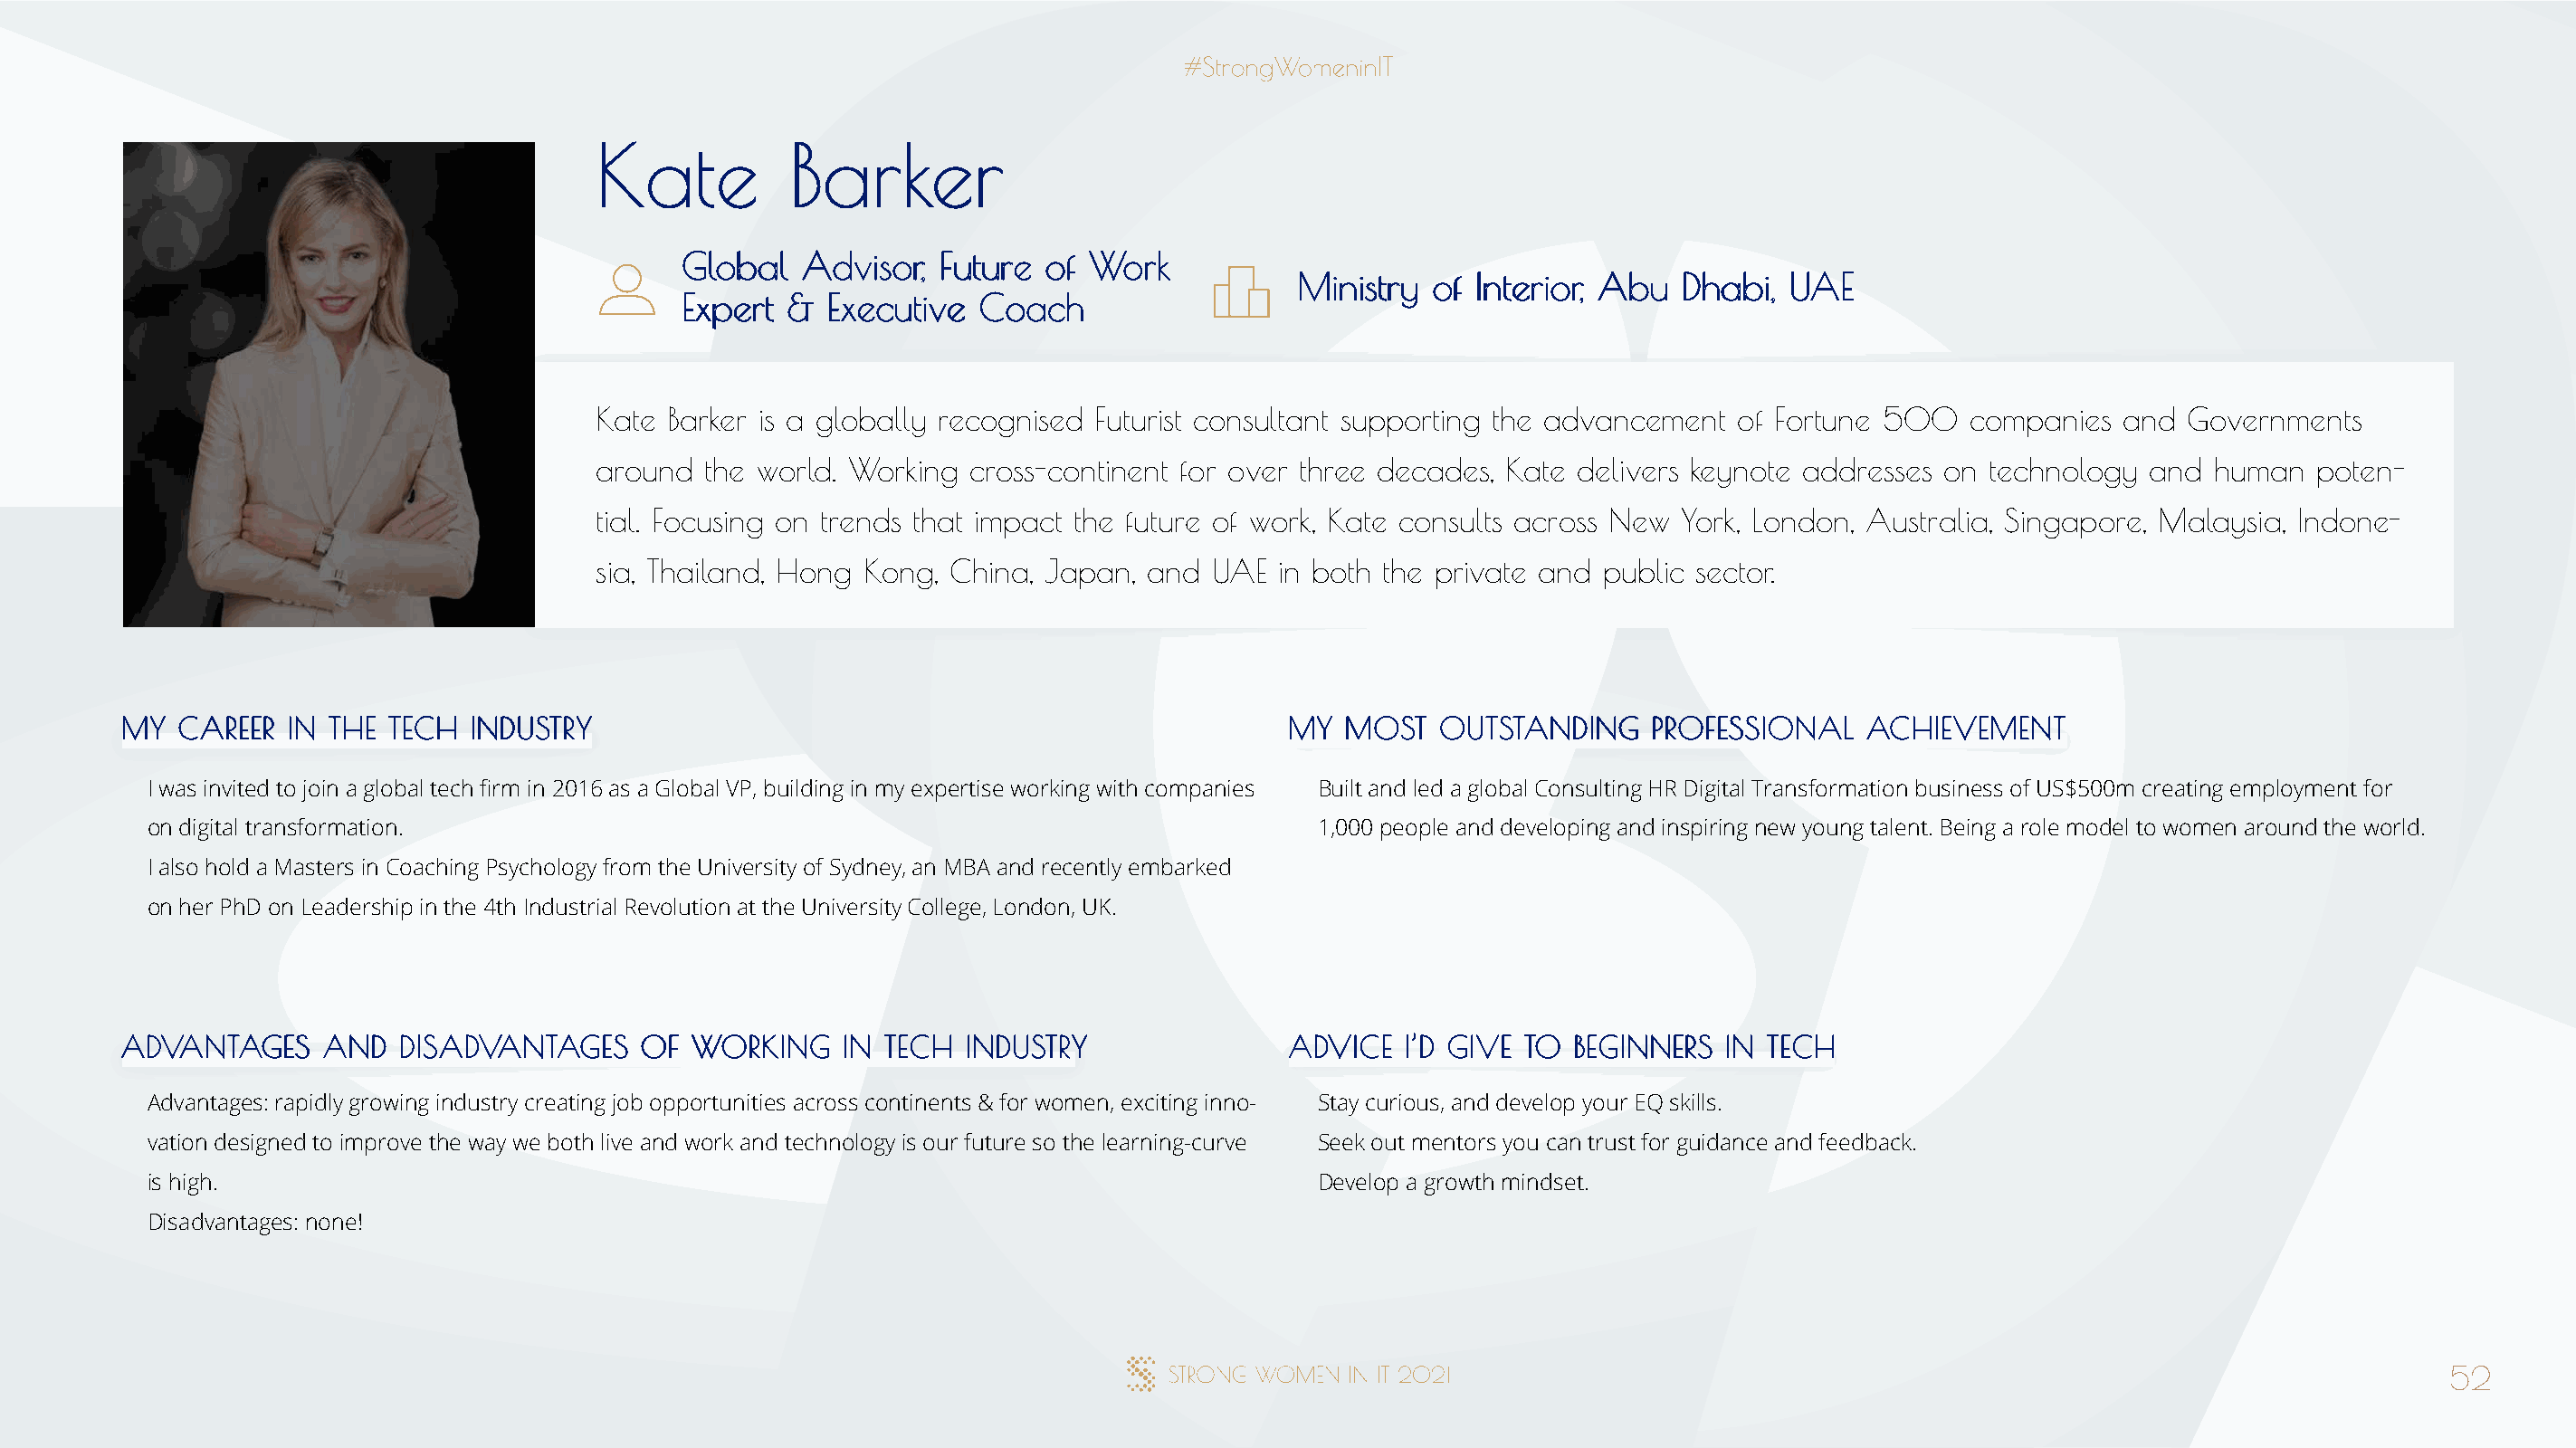
KKaattee      BBaarrkkeerr
 GGlloobbaall AAddvviissoorr,, FFuuttuurree ooff WWoorrkk
 MMiinniissttrryy ooff IInntteerriioorr,, AAbbuu DDhhaabbii,, UUAAEE
 EExxppeerrtt && EExxeeccuuttiivvee CCooaacchh
 Kate Barker is a globally recognised Futurist consultant supporting the advancement of Fortune 500  companies  and  Governments
 around  the world. Working cross-continent for over three decades, Kate delivers keynote addresses on technology and  human  poten-
 tial. Focusing on trends that impact the future of work, Kate consults across New York, London, Australia, Singapore, Malaysia, Indone-
 sia, Thailand, Hong Kong, China, Japan, and  UAE in both the private and public sector.
 MMYY CCAARREEEERR IINN TTHHEE TTEECCHH IINNDDUUSSTTRRYY                              MMYY MMOOSSTT OOUUTTSSTTAANNDDIINNGG PPRROOFFEESSSSIIOONNAALL AACCHHIIEEVVEEMMEENNTT
 I was invited to join a global tech firm in 2016 as a Global VP, building in my expertise working with companies Built and led a global Consulting HR Digital Transformation business of US$500m creating employment for
 on digital transformation.                                                           1,000 people and developing and inspiring new young talent. Being a role model to women around the world.
 I also hold a Masters in Coaching Psychology from the University of Sydney, an MBA and recently embarked
 on her PhD on Leadership in the 4th Industrial Revolution at the University College, London, UK.
 AADDVVAANNTTAAGGEESS AANNDD DDIISSAADDVVAANNTTAAGGEESS OOFF WWOORRKKIINNGG IINN TTEECCHH IINNDDUUSSTTRRYY AADDVVIICCEE II’’DD GGIIVVEE TTOO BBEEGGIINNNNEERRSS IINN TTEECCHH
 Advantages: rapidly growing industry creating job opportunities across continents & for women, exciting inno- Stay curious, and develop your EQ skills.
 vation designed to improve the way we both live and work and technology is our future so the learning-curve Seek out mentors you can trust for guidance and feedback.
 is high.                                                                             Develop a growth mindset.
 Disadvantages: none!
 52